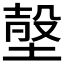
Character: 𡎷